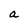
Character: a